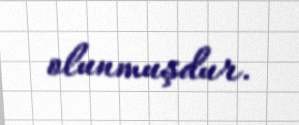
olunmuşdur.